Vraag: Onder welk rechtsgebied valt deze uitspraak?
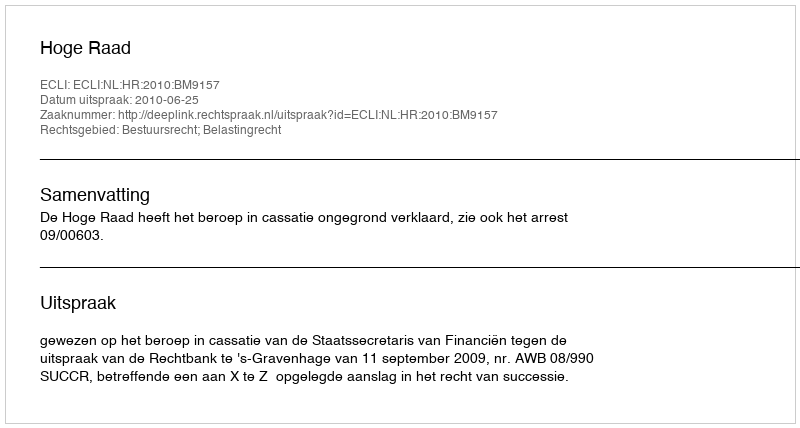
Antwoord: Bestuursrecht; Belastingrecht